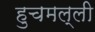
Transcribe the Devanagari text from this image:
हुचमल्ली